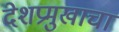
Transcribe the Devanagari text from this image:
देशप्रमुखाचा